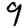
Digit: 9